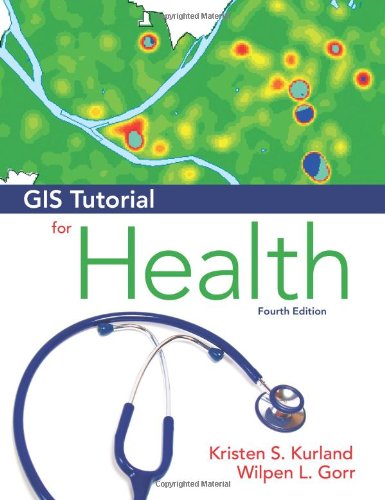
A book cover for GIS Tutorial for Health: Fourth Edition; Kristen S. Kurland; Science & Math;